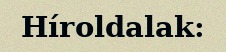
Híroldalak: